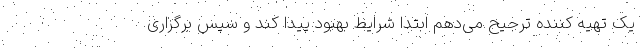
یک تهیه کننده ترجیح می‌دهم ابتدا شرایط بهبود پیدا کند و سپس برگزاری